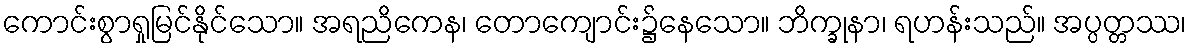
ကောင်းစွာရှုမြင်နိုင်သော။ အရညိကေန၊ တောကျောင်း၌နေသော။ ဘိက္ခုနာ၊ ရဟန်းသည်။ အပ္ပတ္တဿ၊